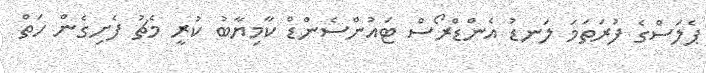
ޕެލަސްގެ ފުރަތަމަ ލަނޑު އެންޑްރޯސް ޓައުންސެންޑް ކާމިޔާބު ކުރީ މެޗު ފެށިގެން ހަތް